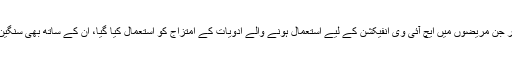
ذرائع نے مزید بتایا کہ اس سے ہٹ کر جن مریضوں میں ایچ آئی وی انفیکشن کے لیے استعمال ہونے والے ادویات کے امتزاج کو استعمال کیا گیا، ان کے ساتھ بھی سنگین کیسز میں یہی مسئلہ دیکھنے میں آیا۔